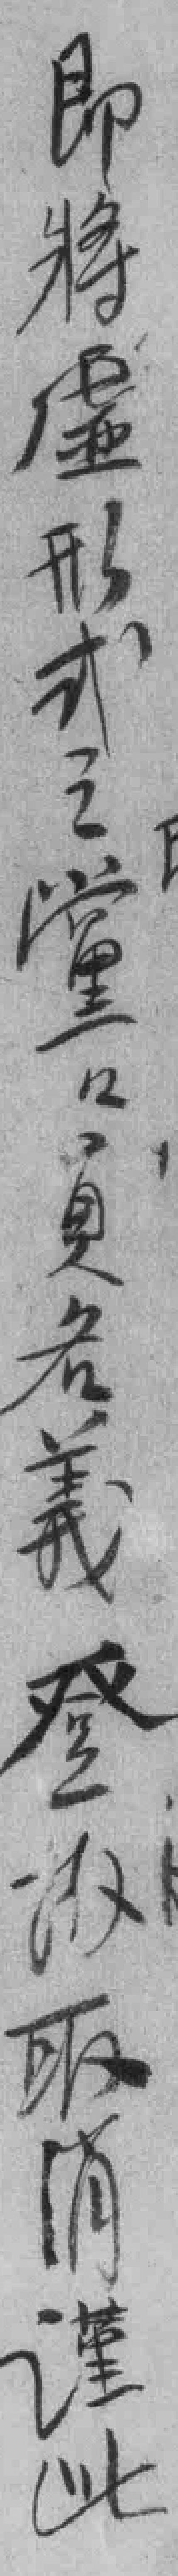
即将虚形式之黨黨員名義登*取消谨此